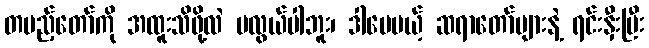
တပည့်တော်ကို အထူးသိဖို့လဲ မလွယ်ပါဘူး၊ ဒါပေမယ့် ဆရာတော်များနဲ့ ရင်းနှီးပြီး